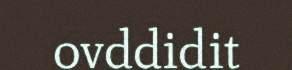
ovddidit